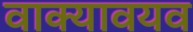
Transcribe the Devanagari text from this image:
वाक्यावयव